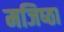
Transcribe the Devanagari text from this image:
मजिष्‍ठा